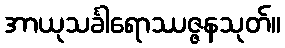
အာယုသင်္ခါရောဿဇ္ဇနသုတ်။